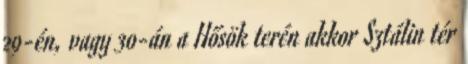
29-én, vagy 30-án a Hősök terén akkor Sztálin tér